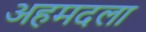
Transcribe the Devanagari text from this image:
अहमदला